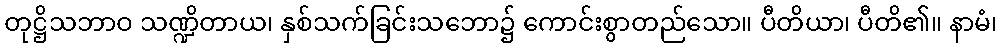
တုဋ္ဌိသဘာဝ သဏ္ဍိတာယ၊ နှစ်သက်ခြင်းသဘော၌ ကောင်းစွာတည်သော။ ပီတိယာ၊ ပီတိ၏။ နာမံ၊